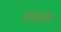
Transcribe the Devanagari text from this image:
सश्स्त्र